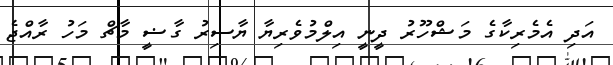
އަދި އެމެރިކާގެ މަޝްހޫރު ދީނީ އިލްމުވެރިޔާ ޔާސިރު ގާޟީ މާޗް މަހު ރާއްޖެ